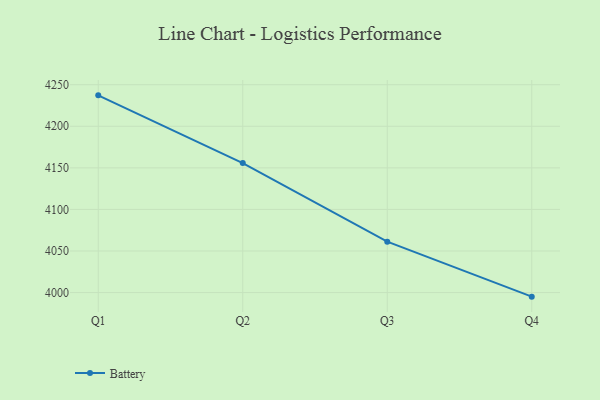
{"axis": {"x": "Quarter", "y": "Waste Production (Tons)"}, "legend": ["Battery"], "data": [{"x": "Q1", "y": 4237.2, "type": "Battery"}, {"x": "Q2", "y": 4155.8, "type": "Battery"}, {"x": "Q3", "y": 4061.2, "type": "Battery"}, {"x": "Q4", "y": 3995.1, "type": "Battery"}]}